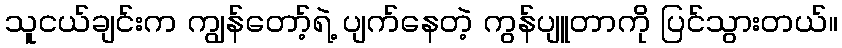
သူငယ်ချင်းက ကျွန်တော့်ရဲ့ ပျက်နေတဲ့ ကွန်ပျူတာကို ပြင်သွားတယ်။